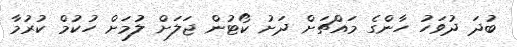
ބުދަ ދުވަހު ހާންގެ މައްޗަށް ދަށު ކޯޓުން ޖަލަށް ލުމަށް ހުކުމް ކުރުމާ